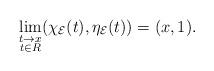
LaTeX: \begin{align*}\lim_{\substack{t\rightarrow x\\ t\in R}}(\chi_{\mathcal{E}}(t),\eta_{\mathcal{E}}(t))=(x,1).\end{align*}